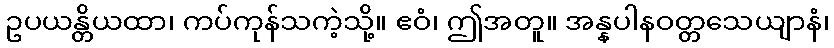
ဥပယန္တိယထာ၊ ကပ်ကုန်သကဲ့သို့။ ဧဝံ၊ ဤအတူ။ အန္နပါနဝတ္တသေယျာနံ၊